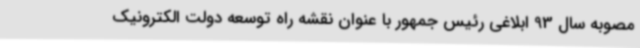
مصوبه سال 93 ابلاغی رئیس جمهور با عنوان نقشه راه توسعه دولت الکترونیک